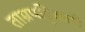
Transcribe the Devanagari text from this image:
ताम्रपट्टिकाएँ